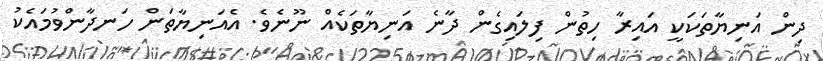
ދިން އަނިޔާތަކަކީ އައިރާ ހިތުން ފިލައިގެން ދާނެ އަނިޔާތަކެއް ނޫނެވެ. އެއަނިޔާތަން ހަނދާންވުމައެކު